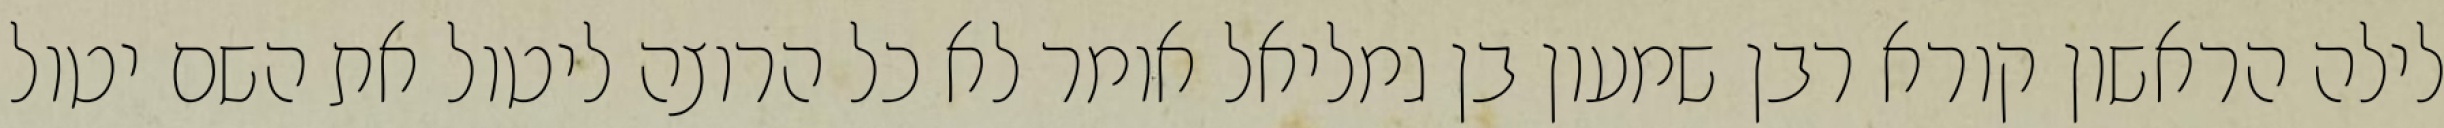
לילה הראשון קורא רבן שמעון בן גמליאל אומר לא כל הרוצה ליטול את השם יטול